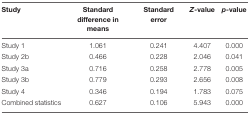
| Study | Standard difference in means | Standard error | Z-value | p-value |
 | --- | --- | --- | --- | --- |
 | Study 1 | 1.061 | 0.241 | 4.407 | 0.000 |
 | Study 2b | 0.466 | 0.228 | 2.046 | 0.041 |
 | Study 3a | 0.716 | 0.258 | 2.778 | 0.005 |
 | Study 3b | 0.779 | 0.293 | 2.656 | 0.008 |
 | Study 4 | 0.346 | 0.194 | 1.783 | 0.075 |
 | Combined statistics | 0.627 | 0.106 | 5.943 | 0.000 |